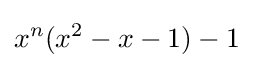
x^{n}(x^{2}-x-1)-1